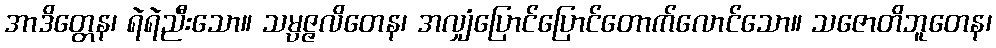
အာဒိတ္တေန၊ ရဲရဲညီးသော။ သမ္ပဇ္ဇလိတေန၊ အလျှံပြောင်ပြောင်တောက်လောင်သော။ သဇောတိဘူတေန၊